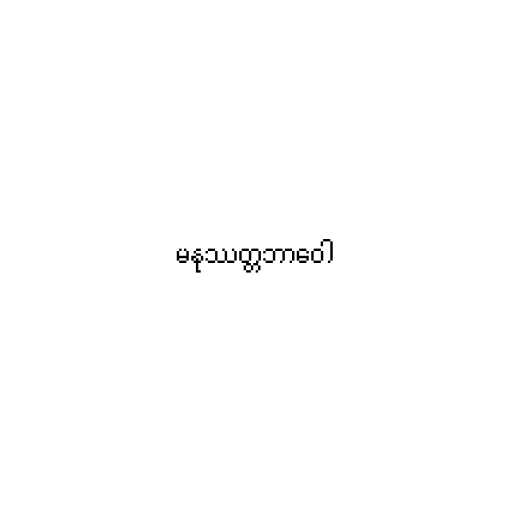
မနုဿတ္တဘာဝေါ